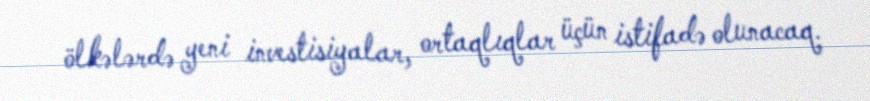
ölkələrdə yeni investisiyalar, ortaqlıqlar üçün istifadə olunacaq.